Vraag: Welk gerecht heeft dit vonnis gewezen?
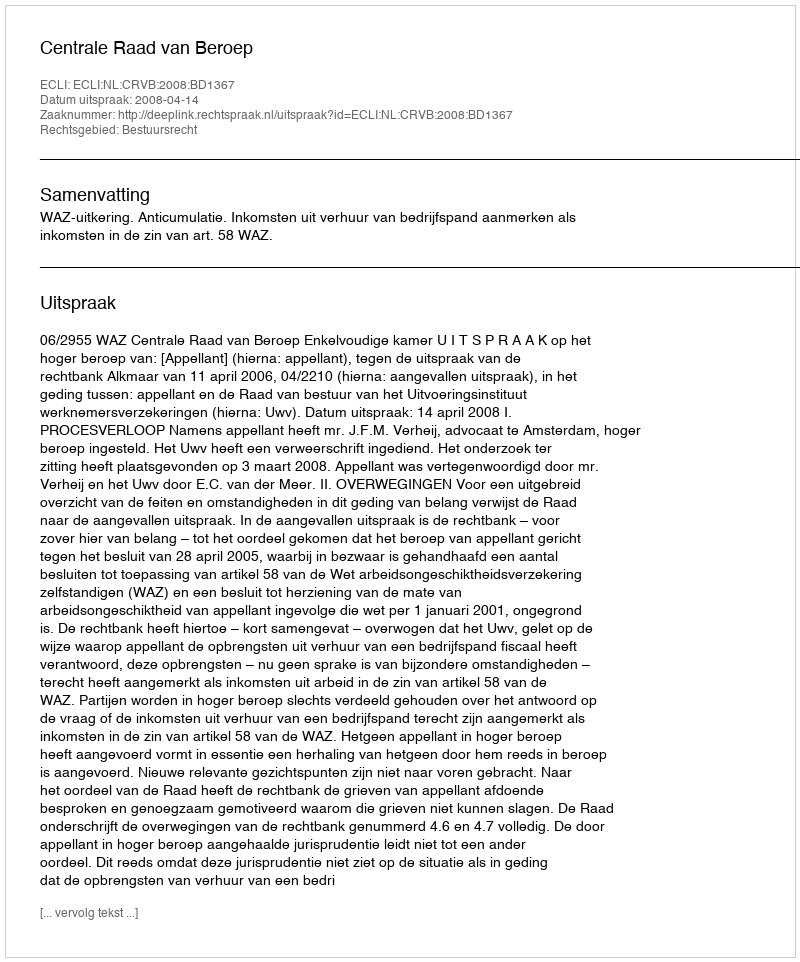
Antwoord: Centrale Raad van Beroep